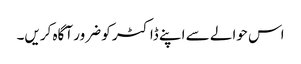
اس حوالے سے اپنے ڈاکٹر کو ضرور آگاہ کریں۔